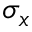
\sigma _ { x }